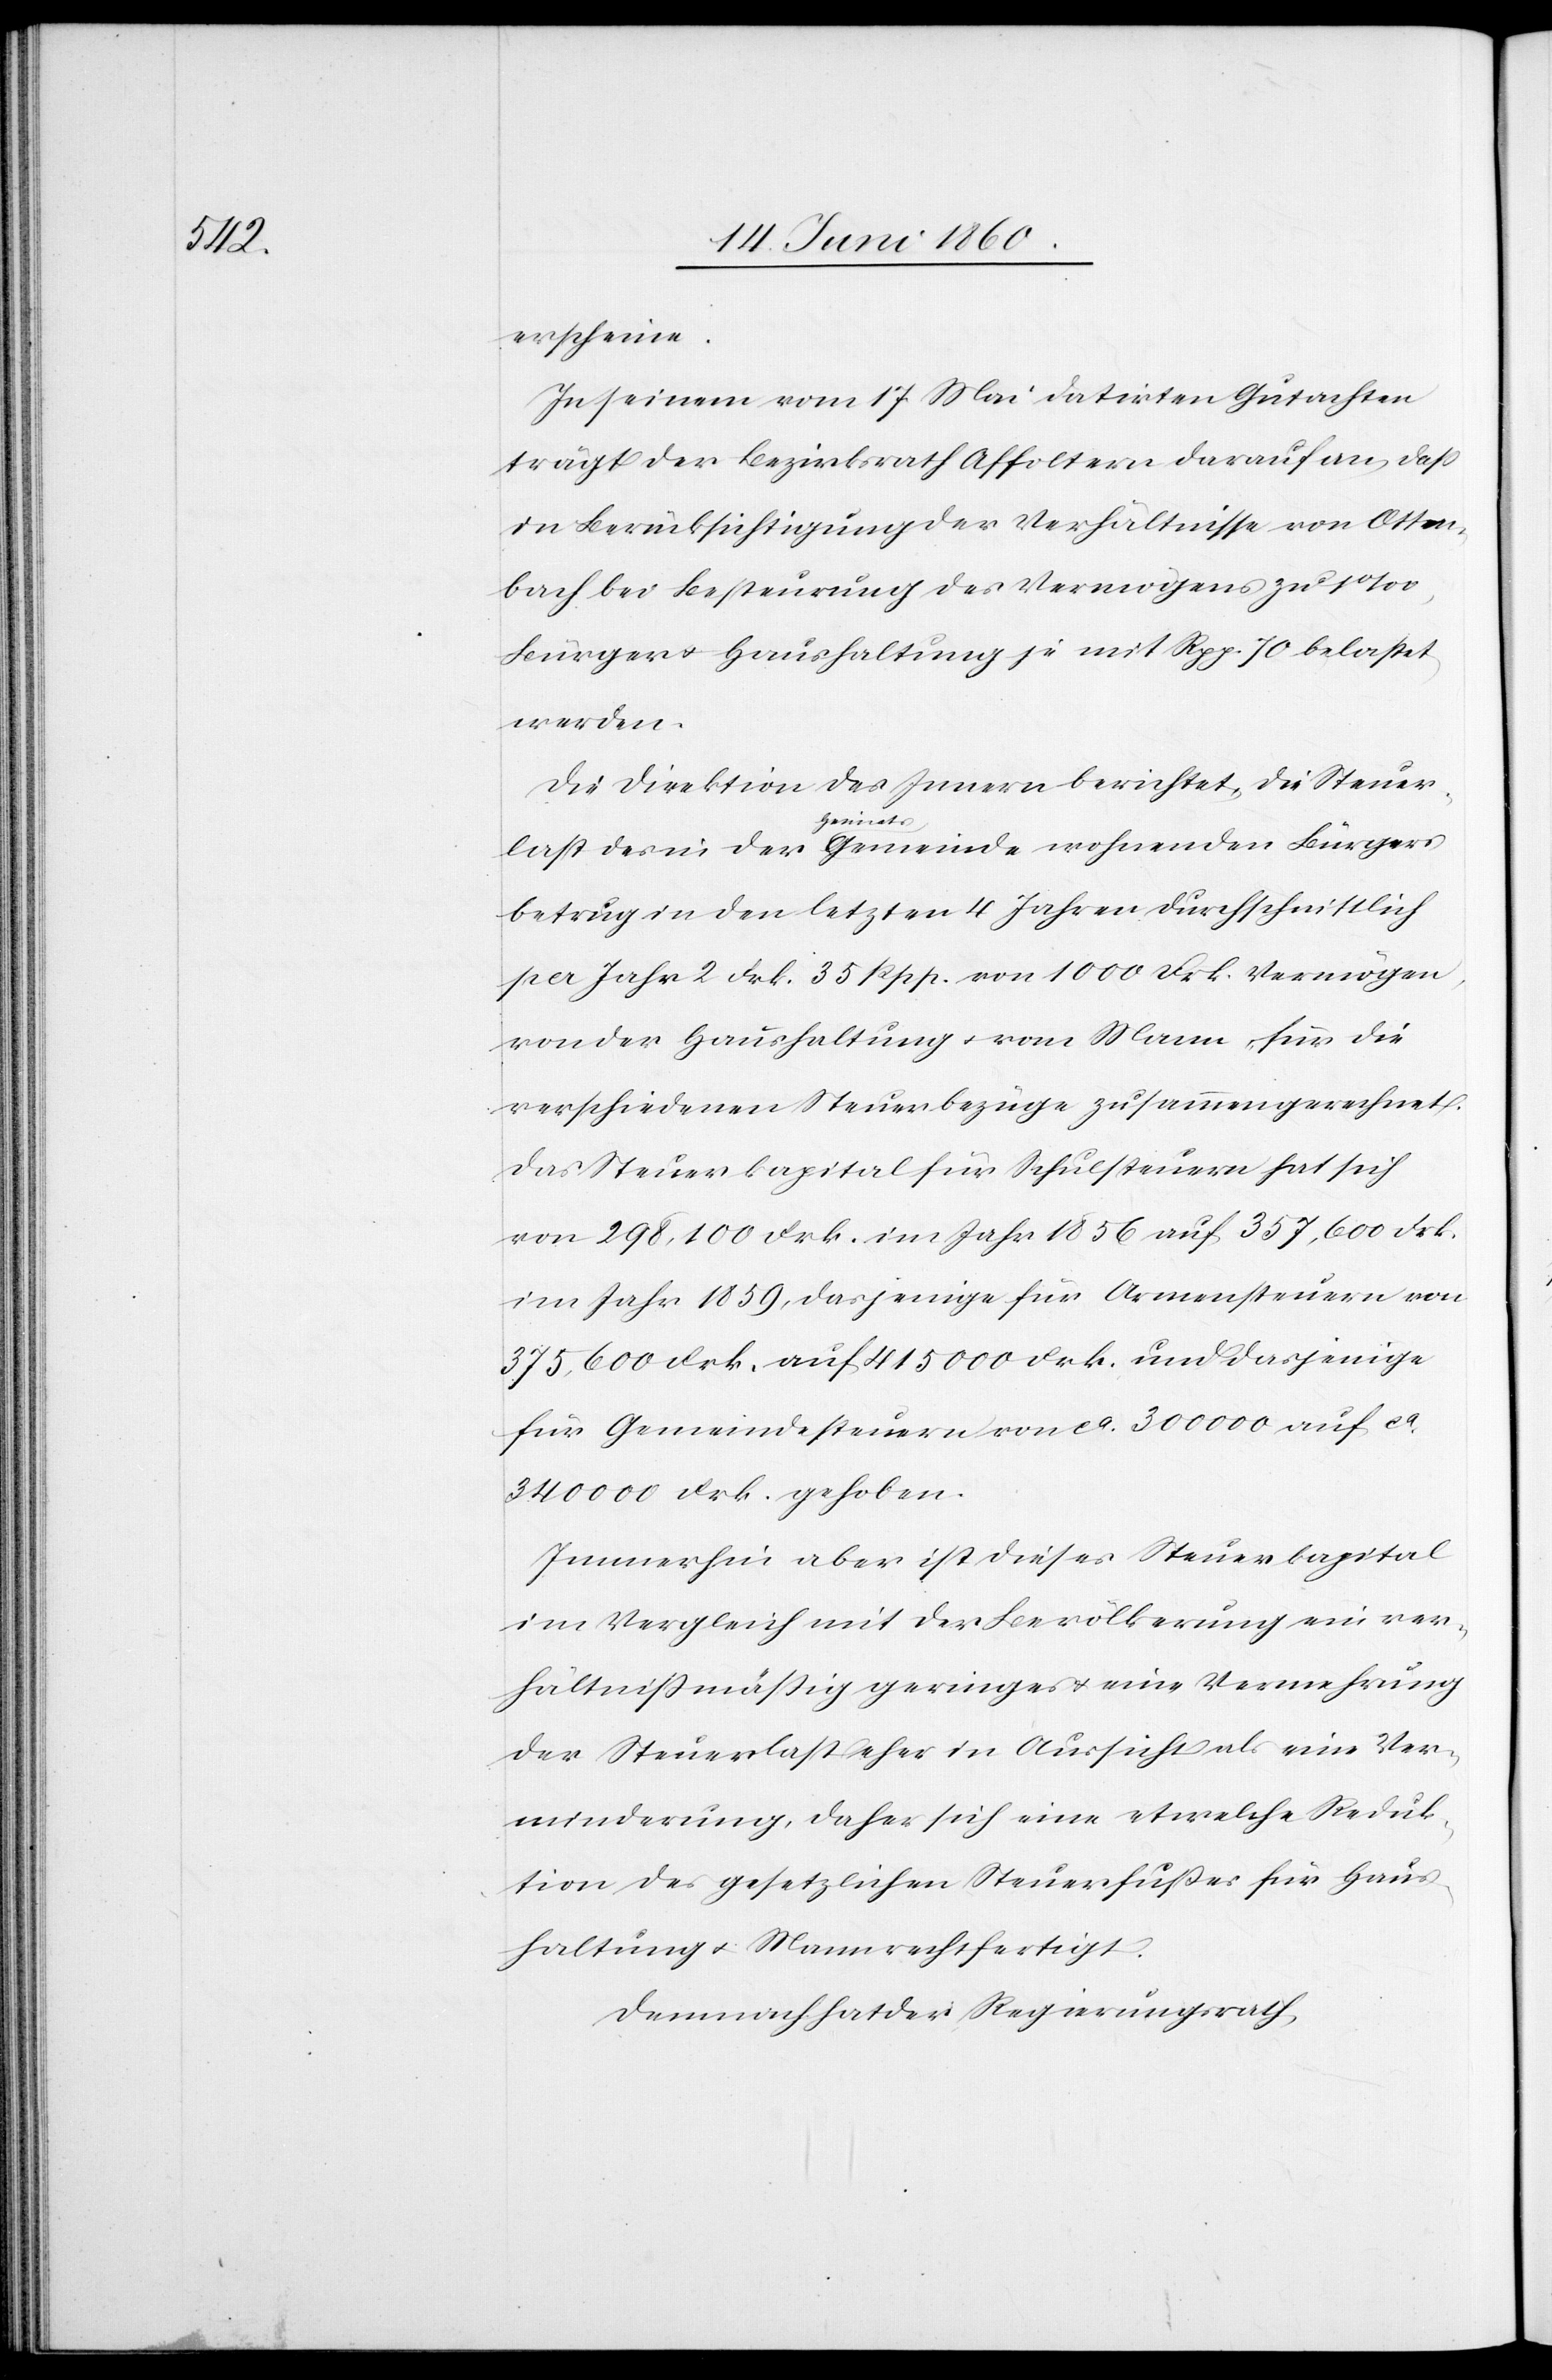
erscheine.
In seinem vom 17. Mai datirten Gutachten
trägt der Bezirksrath Affoltern darauf an, dass
in Berücksichtigung der Verhältnisse von Otten¬
bach bei Besteurung des Vermögens zu 1‰,
Bürger u. Haushaltung je mit Rpp. 70 belastet
werden.
Die Direktion des Innern berichtet, die Steuer¬
last des in der Heimatgemeinde wohnenden Bürgers
betrug in den letzten 4 Jahren durchschnittlich
per Jahr 2 Frk. 35 Rpp. von 1000 Frk. Vermögen,
von der Haushaltung u. vom Mann, für die
verschiedenen Steuerbezüge zusammengerechnet.
Das Steuerkapital für Schulsteuern hat sich
von 298,100 Frk. im Jahr 1856 auf 357,600 Frk.
im Jahr 1859, dasjenige für Armensteuern von
375,600 Frk. auf 415 000 Frk. und dasjenige
für Gemeindesteuern von ca 300 000 auf ca
340 000 Frk. gehoben.
Immerhin aber ist dieses Steuerkapital
im Vergleich mit der Bevölkerung ein ver¬
hältnissmässig geringes u. eine Vermehrung
der Steuerlast eher in Aussicht als eine Ver¬
minderung, daher sich eine etwelche Reduk¬
tion des gesetzlichen Steuerfusses für Haus¬
haltung u. Mann rechtfertigt.
Demnach hat der Regierungsrath,